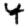
Digit: 4